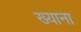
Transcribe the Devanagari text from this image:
ख्याना